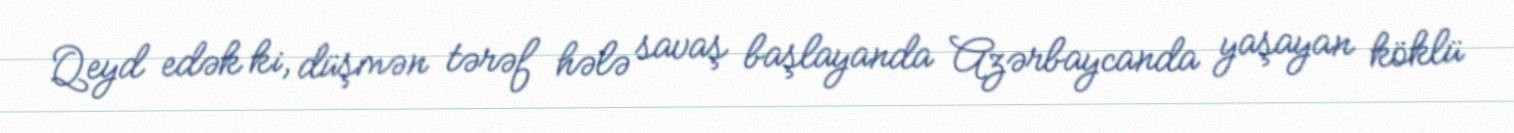
Qeyd edək ki, düşmən tərəf hələ savaş başlayanda Azərbaycanda yaşayan köklü